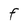
Character: f